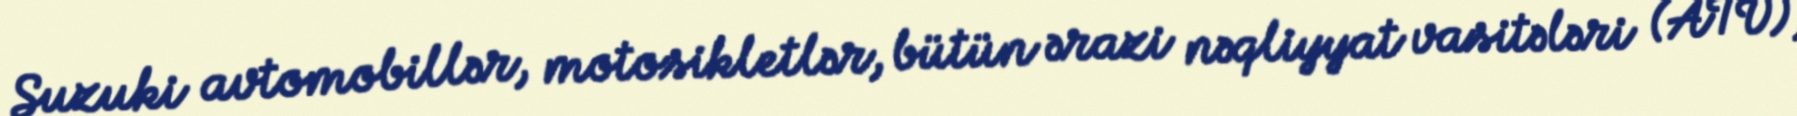
Suzuki avtomobillər, motosikletlər, bütün ərazi nəqliyyat vasitələri (ATV),